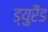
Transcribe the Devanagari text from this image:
ड्युरैंड